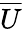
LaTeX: \overline{U}